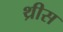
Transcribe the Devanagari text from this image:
थ्रीस